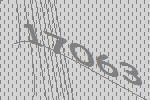
17063